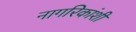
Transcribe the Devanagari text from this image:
नागरिकांशी